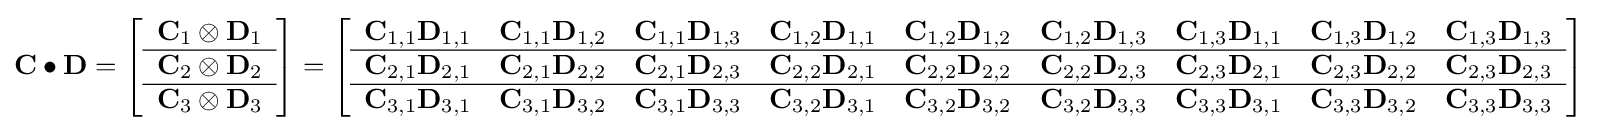
\mathbf {C} \bullet \mathbf {D} =\left[{\begin{array}{c }\mathbf {C} _{1}\otimes \mathbf {D} _{1}\\\hline \mathbf {C} _{2}\otimes \mathbf {D} _{2}\\\hline \mathbf {C} _{3}\otimes \mathbf {D} _{3}\\\end{array}}\right]=\left[{\begin{array}{c  c  c  c  c  c  c  c  c }\mathbf {C} _{1,1}\mathbf {D} _{1,1}&\mathbf {C} _{1,1}\mathbf {D} _{1,2}&\mathbf {C} _{1,1}\mathbf {D} _{1,3}&\mathbf {C} _{1,2}\mathbf {D} _{1,1}&\mathbf {C} _{1,2}\mathbf {D} _{1,2}&\mathbf {C} _{1,2}\mathbf {D} _{1,3}&\mathbf {C} _{1,3}\mathbf {D} _{1,1}&\mathbf {C} _{1,3}\mathbf {D} _{1,2}&\mathbf {C} _{1,3}\mathbf {D} _{1,3}\\\hline \mathbf {C} _{2,1}\mathbf {D} _{2,1}&\mathbf {C} _{2,1}\mathbf {D} _{2,2}&\mathbf {C} _{2,1}\mathbf {D} _{2,3}&\mathbf {C} _{2,2}\mathbf {D} _{2,1}&\mathbf {C} _{2,2}\mathbf {D} _{2,2}&\mathbf {C} _{2,2}\mathbf {D} _{2,3}&\mathbf {C} _{2,3}\mathbf {D} _{2,1}&\mathbf {C} _{2,3}\mathbf {D} _{2,2}&\mathbf {C} _{2,3}\mathbf {D} _{2,3}\\\hline \mathbf {C} _{3,1}\mathbf {D} _{3,1}&\mathbf {C} _{3,1}\mathbf {D} _{3,2}&\mathbf {C} _{3,1}\mathbf {D} _{3,3}&\mathbf {C} _{3,2}\mathbf {D} _{3,1}&\mathbf {C} _{3,2}\mathbf {D} _{3,2}&\mathbf {C} _{3,2}\mathbf {D} _{3,3}&\mathbf {C} _{3,3}\mathbf {D} _{3,1}&\mathbf {C} _{3,3}\mathbf {D} _{3,2}&\mathbf {C} _{3,3}\mathbf {D} _{3,3}\end{array}}\right]